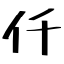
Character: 仟